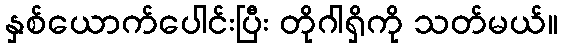
နှစ်ယောက်ပေါင်းပြီး တိုဂါရှိကို သတ်မယ်။